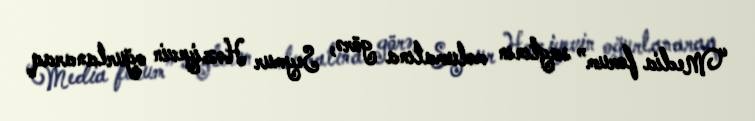
“Media forum” saytının məlumatına görə, Seymur Həziyevin oğurlanaraq